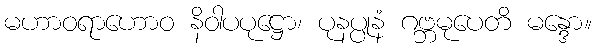
မဟာဝရာဟောဝ နိဝါပပုဋ္ဌော၊ ပုနပ္ပုနံ ဂဗ္ဘမုပေတိ မန္ဒော။